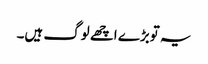
یہ توبڑے اچھے لوگ ہیں۔